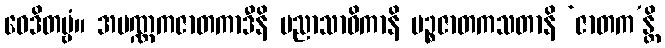
ဝေဒိတဗ္ဗံ။ အပဏ္ဏကဇာတကာဒီနိ ပညာသာဓိကာနိ ပဉ္စဇာတကသတာနိ ‘ဇာတက’န္တိ